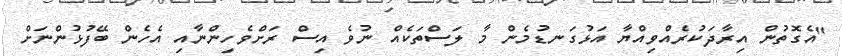
"އެގޮތުން އިރާދަކުރެއްވިއްޔާ އަޅުގަނޑުމެން މާ ލަސްތަކެއް ނުވެ އިސް ރަށްވެހިންނާއި އެހެން ބޭފުޅުންނަށް